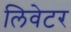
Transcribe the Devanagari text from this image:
लिवेटर